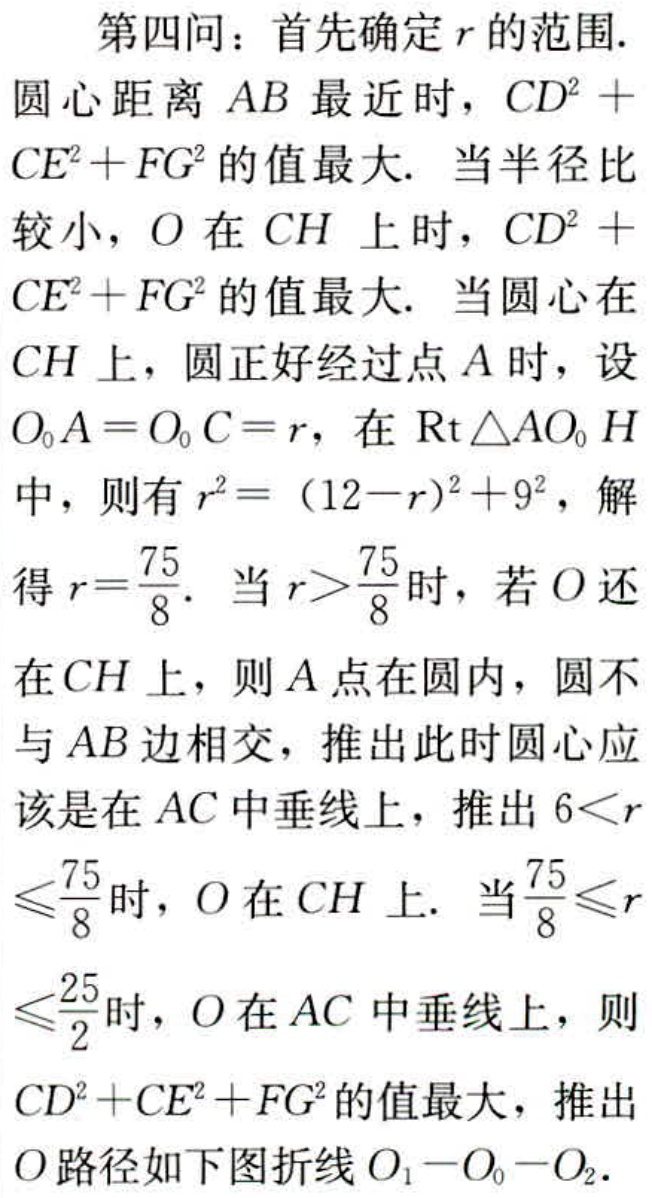
第四问：首先确定\(r\)的范围.
圆心距离 \(AB\) 最近时，\(CD^{2}+CE^{2}+FG^{2}\)的值最大. 当半径比较小，\(O\)在\(CH\)上时，\(CD^{2}+CE^{2}+FG^{2}\)的值最大. 当圆心在\(CH\)上，圆正好经过点\(A\)时，设\(O_{0}A = O_{0}C = r\)，在\(\mathrm{Rt}\triangle AO_{0}H\)中，则有\(r^{2}=(12 - r)^{2}+9^{2}\)，解得\(r = \frac{75}{8}\). 当\(r>\frac{75}{8}\)时，若\(O\)还在\(CH\)上，则\(A\)点在圆内，圆不与\(AB\)边相交，推出此时圆心应该是在\(AC\)中垂线上，推出\(6<r\leqslant\frac{75}{8}\)时，\(O\)在\(CH\)上. 当\(\frac{75}{8}\leqslant r\leqslant\frac{25}{2}\)时，\(O\)在\(AC\)中垂线上，则\(CD^{2}+CE^{2}+FG^{2}\)的值最大，推出\(O\)路径如下图折线\(O_{1}-O_{0}-O_{2}\).